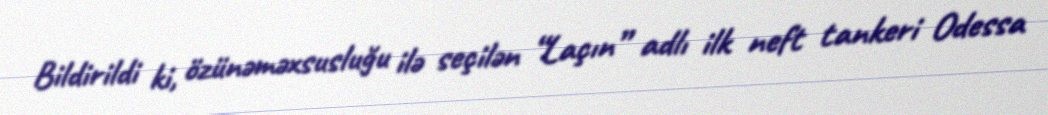
Bildirildi ki, özünəməxsusluğu ilə seçilən “Laçın” adlı ilk neft tankeri Odessa